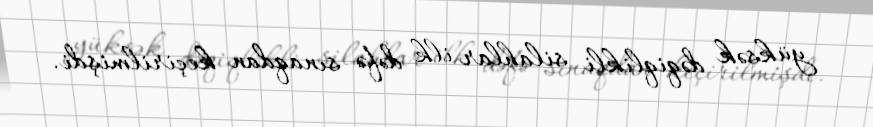
yüksək dəqiqlikli silahlar ilk dəfə sınaqdan keçirilmişdi.